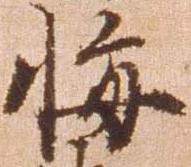
悔